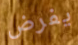
يفرض